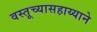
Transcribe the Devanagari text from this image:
वस्तूच्यासहाय्याने